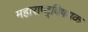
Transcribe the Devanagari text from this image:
महाराष्‍ट्रविषयक